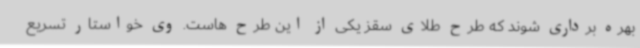
بهره برداری شوند که طرح طلای سقز یکی از این طرح هاست. وی خواستار تسریع